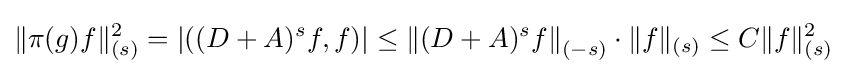
\|\pi (g)f\|_{(s)}^{2}=\left|((D+A)^{s}f,f)\right|\leq \left\|(D+A)^{s}f\right\|_{(-s)}\cdot \|f\|_{(s)}\leq C\|f\|_{(s)}^{2}